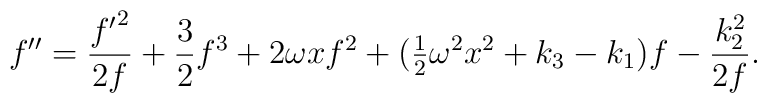
f^{\prime\prime}={{f^\prime}^2\over 2f}+{3\over2}f^3+2\omega x f^2+(\mbox{$\frac{1}{2}$}\omega^2 x^2+k_3-k_1)f - {k_2^2\over 2f}.